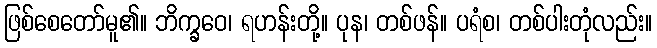
ဖြစ်စေတော်မူ၏။ ဘိက္ခဝေ၊ ရဟန်းတို့။ ပုန၊ တစ်ဖန်။ ပရံစ၊ တစ်ပါးတုံလည်း။